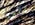
الى